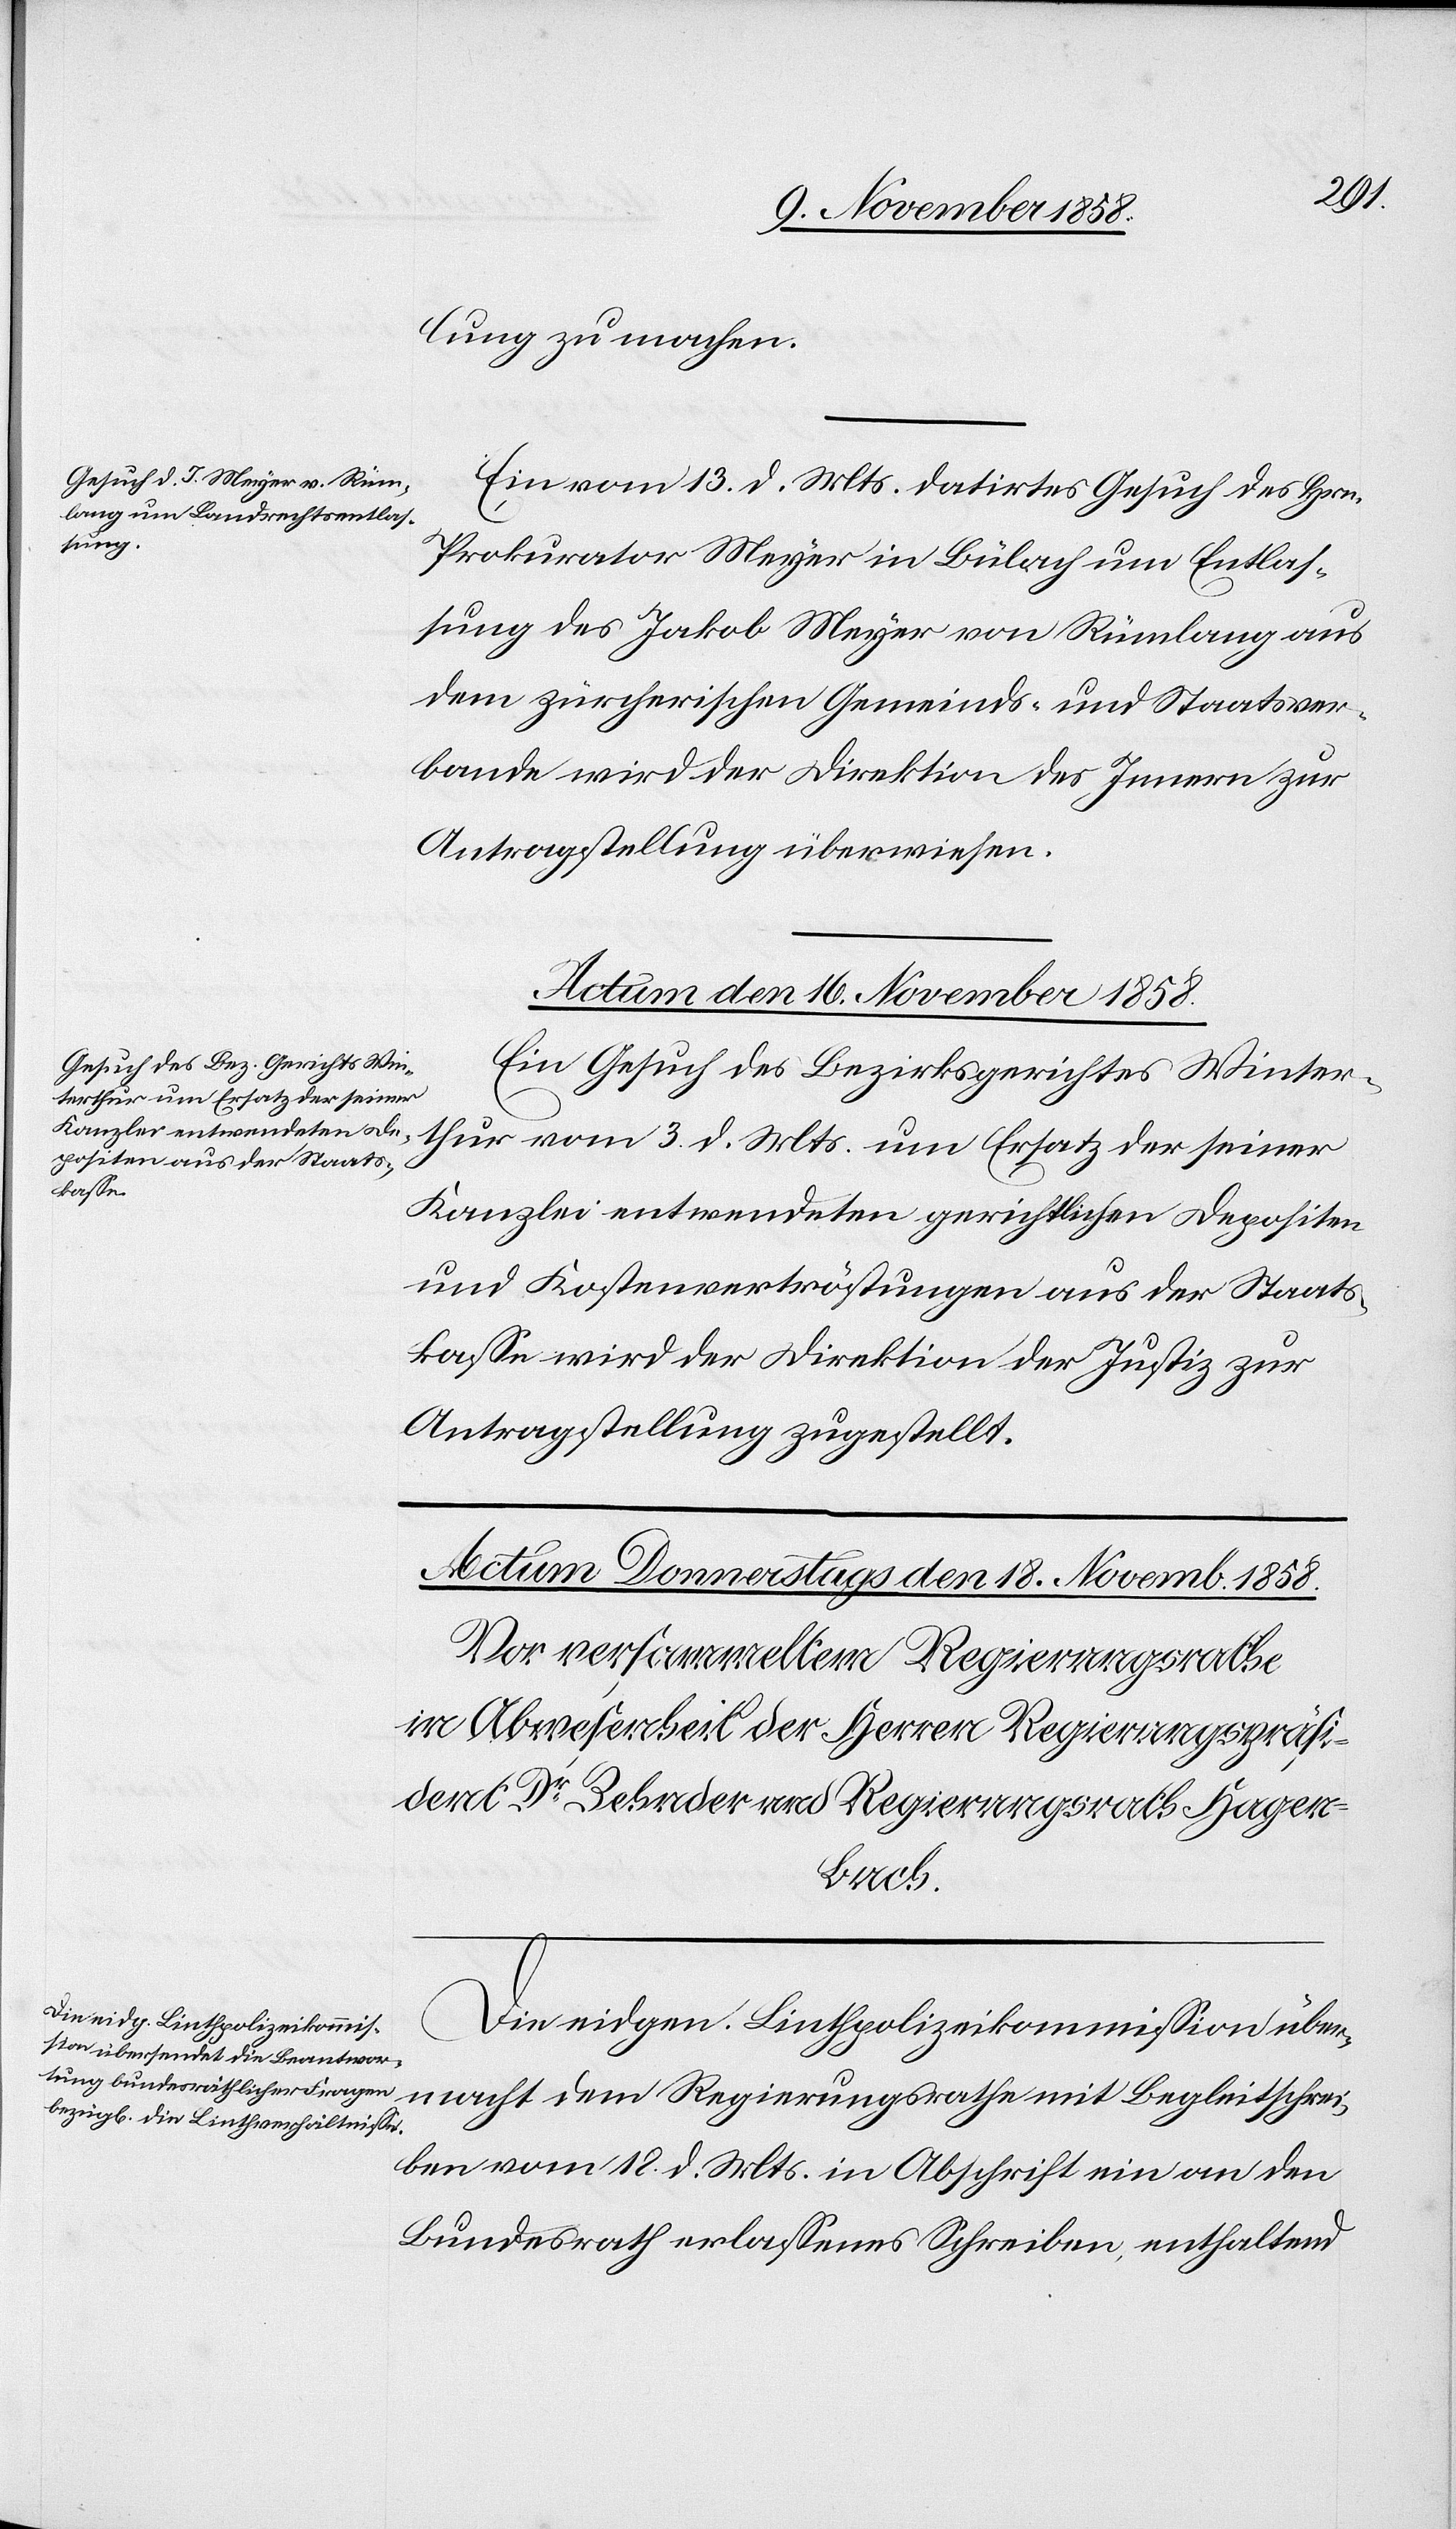
lung zu machen.
Ein vom 13. d. Mts. datirtes Gesuch des Hrn.
Prokurator Meyer in Bülach um Entlas¬
sung des Jakob Meyer von Rümlang aus
dem zürcherischen Gemeinds- und Staatsver¬
bande wird der Direktion des Innern zur
Antragstellung überwiesen.
Actum den 16. November 1858.
Ein Gesuch des Bezirksgerichtes Winter¬
thur vom 3. d. Mts. um Ersatz der seiner
Kanzlei entwendeten gerichtlichen Depositen
und Kostenvertröstungen aus der Staats¬
kasse wird der Direktion der Justiz zur
Antragstellung zugestellt.
Die eidgen. Linthpolizeikommission über¬
macht dem Regierungsrathe mit Begleitschrei¬
ben vom 18. d. Mts. in Abschrift ein an den
Bundesrath erlassenes Schreiben, enthaltend